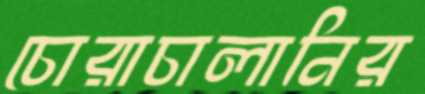
চোরাচালানির